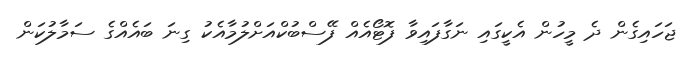
ޖަހައިގެން ދެ މީހުން އެކީގައި ނަގާފައިވާ ފޮޓޯއެއް ފޭސްބުކްއަށްލުމާއެކު ގިނަ ބައެއްގެ ސަމާލުކަން